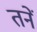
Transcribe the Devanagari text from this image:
तनें